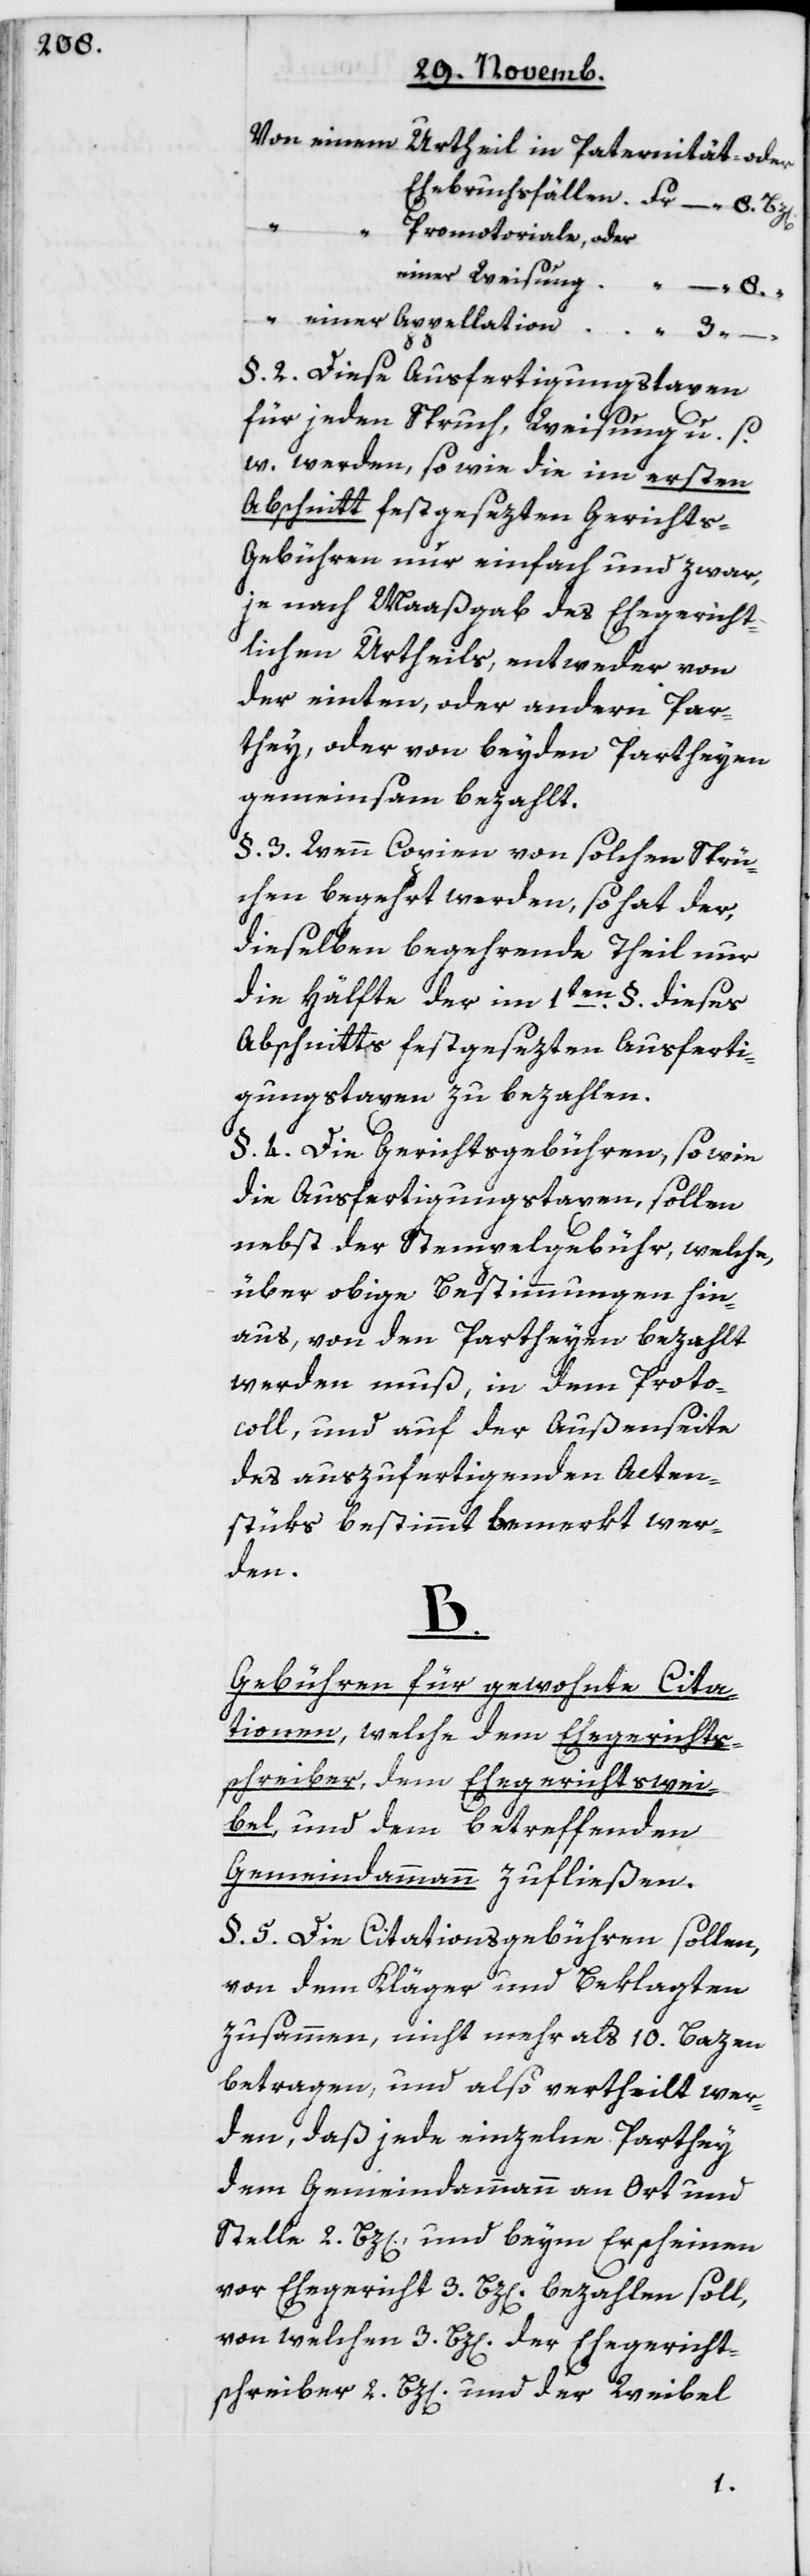
Urtheil in Paternitäts- oder
Ehebruchsfällen
–
Promotoriale, oder
“
einer
§ 2 Diese Ausfertigungstaxen
für jeden Spruch, Weisung u.s.w.
werden, so wie die im ersten
Abschnitt festgesetzten Gerichts¬
gebühren nur einfach und zwar,
je nach Maßgabe des ehegericht¬
lichen Urtheils, entweder von
der einten oder andern Par¬
tei, oder von beiden Partheyen
gemeinsam bezahlt.
§ 3 Wenn Copien von solchen Sprü¬
chen begehrt werden, so hat der,
dieselben begehrende Theil nur
die Hälfte der im 1ten § dieses
Abschnitts festgesezten Ausferti¬
gungstaxen zu bezahlen.
§ 4 Die Gerichtsgebühren, sowie
die Ausfertigungstaxen sollen
nebst der Stempelgebühr, welche
über obige Bestimmungen hin¬
aus, von den Partheyen bezahlt
werden muß, in dem Proto¬
coll und auf der Außenseite
des auszufertigenden Acten¬
stüks bestimmt bemerkt wer¬
den.
B.
Gebühren für gewohnte Cita¬
tionen, welche dem Ehegerichtss¬
chreiber, dem Ehegerichtswei¬
bel und dem betreffenden
Gemeindammann zufließen.
§ 5 Die Citationsgebühren sollen,
von dem Kläger und Beklagten
zusammen, nicht mehr als 10 Bazen
betragen, und also vertheilt wer¬
den, daß jede einzelne Parthey
dem Gemeindammann an Ort und
Stelle 2 Btz[en] und beim Erscheinen
vor Ehegericht 3 Btz[en] bezahlen soll,
von welchen 3 Btz[en] der Ehegericht¬
schreiber 2 Btz[en] und der Weibel